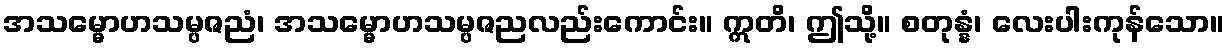
အသမ္မောဟသမ္ပဇညံ၊ အသမ္မောဟသမ္ပဇညလည်းကောင်း။ ဣတိ၊ ဤသို့။ စတုန္နံ၊ လေးပါးကုန်သော။